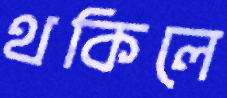
থকিলে